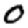
Digit: 0